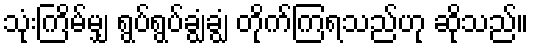
သုံးကြိမ်မျှ ရွပ်ရွပ်ချွံချွံ တိုက်ကြရသည်ဟု ဆိုသည်။